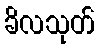
ခိလသုတ်